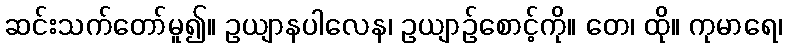
ဆင်းသက်တော်မူ၍။ ဥယျာနပါလေန၊ ဥယျာဉ်စောင့်ကို။ တေ၊ ထို။ ကုမာရေ၊